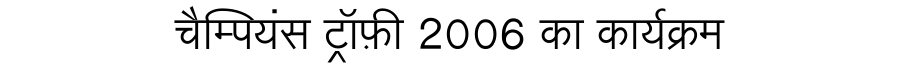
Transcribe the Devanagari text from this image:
चैम्पियंस ट्रॉफ़ी 2006 का कार्यक्रम